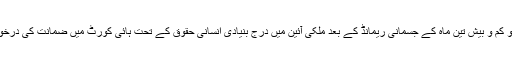
نیب کے گرفتار شدگان کو کم و بیش تین ماہ کے جسمانی ریمانڈ کے بعد ملکی آئین میں درج بنیادی انسانی حقوق کے تحت ہائی کورٹ میں ضمانت کی درخواست دائر کرنا پڑتی ہے۔